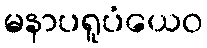
မနာပရူပံယေဝ